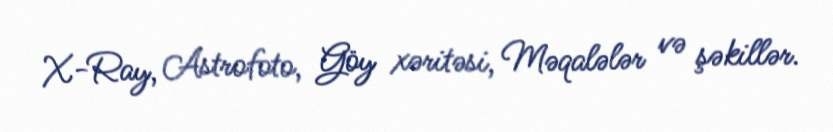
X-Ray, Astrofoto, Göy xəritəsi, Məqalələr və şəkillər.